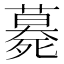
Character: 𱥕